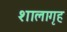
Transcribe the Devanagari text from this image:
शालागृह